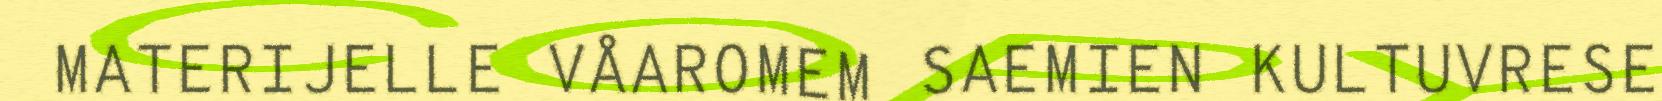
MATERIJELLE VÅAROMEM SAEMIEN KULTUVRESE